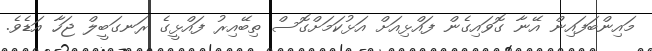
މައިންބަފައިން އޭނާ ގޮވައިގެން ފައްޅިއަށް އަޅުކަމަށްގޮސް ތިބޭއިރު ފައްޅީގެ ރަނގަބީލް ޖަހާ އަޑެވެ.